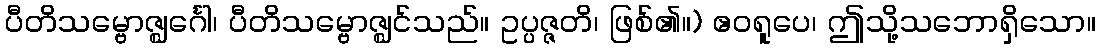
ပီတိသမ္ဗောဇ္ဈင်္ဂေါ၊ ပီတိသမ္ဗောဇ္ဈင်သည်။ ဥပ္ပဇ္ဇတိ၊ ဖြစ်၏။) ဧဝရူပေ၊ ဤသို့သဘောရှိသော။